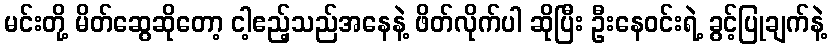
မင်းတို့ မိတ်ဆွေဆိုတော့ ငါ့ဧည့်သည်အနေနဲ့ ဖိတ်လိုက်ပါ ဆိုပြီး ဦးနေဝင်းရဲ့ ခွင့်ပြုချက်နဲ့